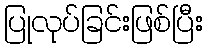
ပြုလုပ်ခြင်းဖြစ်ပြီး